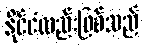
နိုင်ငံလည်းဖြစ်သည်